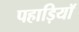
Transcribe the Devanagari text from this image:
पहाड़ियॉ